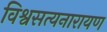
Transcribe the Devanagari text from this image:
विश्वसत्यनारायण